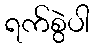
ရက်စွဲပါ